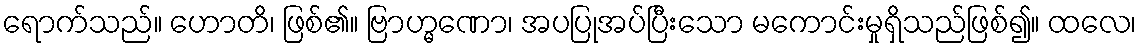
ရောက်သည်။ ဟောတိ၊ ဖြစ်၏။ ဗြာဟ္မဏော၊ အပပြုအပ်ပြီးသော မကောင်းမှုရှိသည်ဖြစ်၍။ ထလေ၊